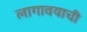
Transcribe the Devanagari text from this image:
लागावयाची